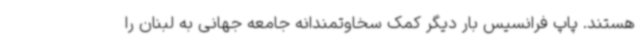
هستند. پاپ فرانسیس بار دیگر کمک سخاوتمندانه جامعه جهانی به لبنان را